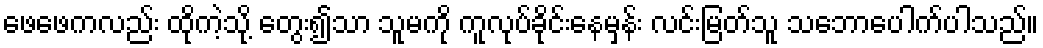
ဖေဖေကလည်း ထိုကဲ့သို့ တွေး၍သာ သူမကို ကူလုပ်ခိုင်းနေမှန်း လင်းမြတ်သူ သဘောပေါက်ပါသည်။